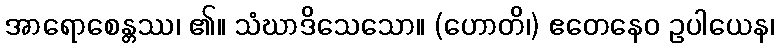
အာရောစေန္တဿ၊ ၏။ သံဃာဒိသေသော။ (ဟောတိ၊) ဧတေနေဝ ဥပါယေန၊